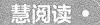
慧阅读·